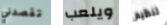
تقصدني ويلعب تنظيم